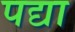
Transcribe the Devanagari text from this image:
पद्या